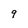
Character: 9